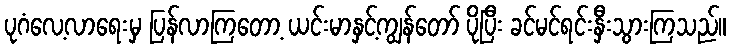
ပုဂံလေ့လာရေးမှ ပြန်လာကြတော့ ယင်းမာနှင့်ကျွန်တော် ပိုပြီး ခင်မင်ရင်းနှီးသွားကြသည်။